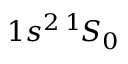
1 s ^ { 2 } \, ^ { 1 \! } S _ { 0 }